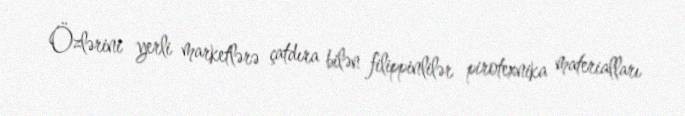
Özlərini yerli marketlərə çatdıra bilən filippinlilər pirotexnika materialları